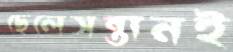
ছেলেসন্তানই